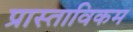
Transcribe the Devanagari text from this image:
प्रास्ताविकम